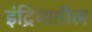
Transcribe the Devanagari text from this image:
इंद्रियातील